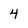
Character: 4